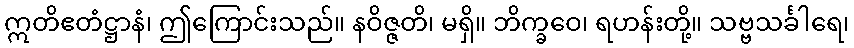
ဣတိဧတံဋ္ဌာနံ၊ ဤကြောင်းသည်။ နဝိဇ္ဇတိ၊ မရှိ။ ဘိက္ခဝေ၊ ရဟန်းတို့။ သဗ္ဗသင်္ခါရေ၊